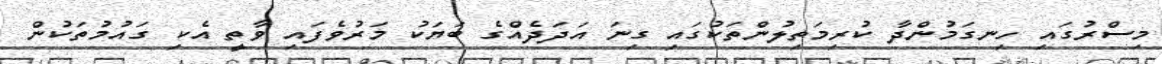
މިސްރުގައި ހިނގަމުންދާ ކުރިމަތިލުންތަކުގައި ގިނަ އަދަދެއްގެ ބަޔަކު މަރުވެފައި ވާތީ އެކި ގައުމުތަކުން